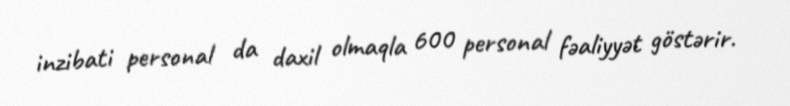
inzibati personal da daxil olmaqla 600 personal fəaliyyət göstərir.